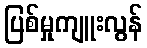
ပြစ်မှုကျူးလွန်